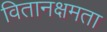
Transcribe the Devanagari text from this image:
वितानक्षमता